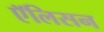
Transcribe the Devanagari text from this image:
एॅलिसन